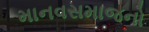
માનવસમાજનો